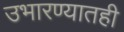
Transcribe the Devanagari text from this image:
उभारण्यातही